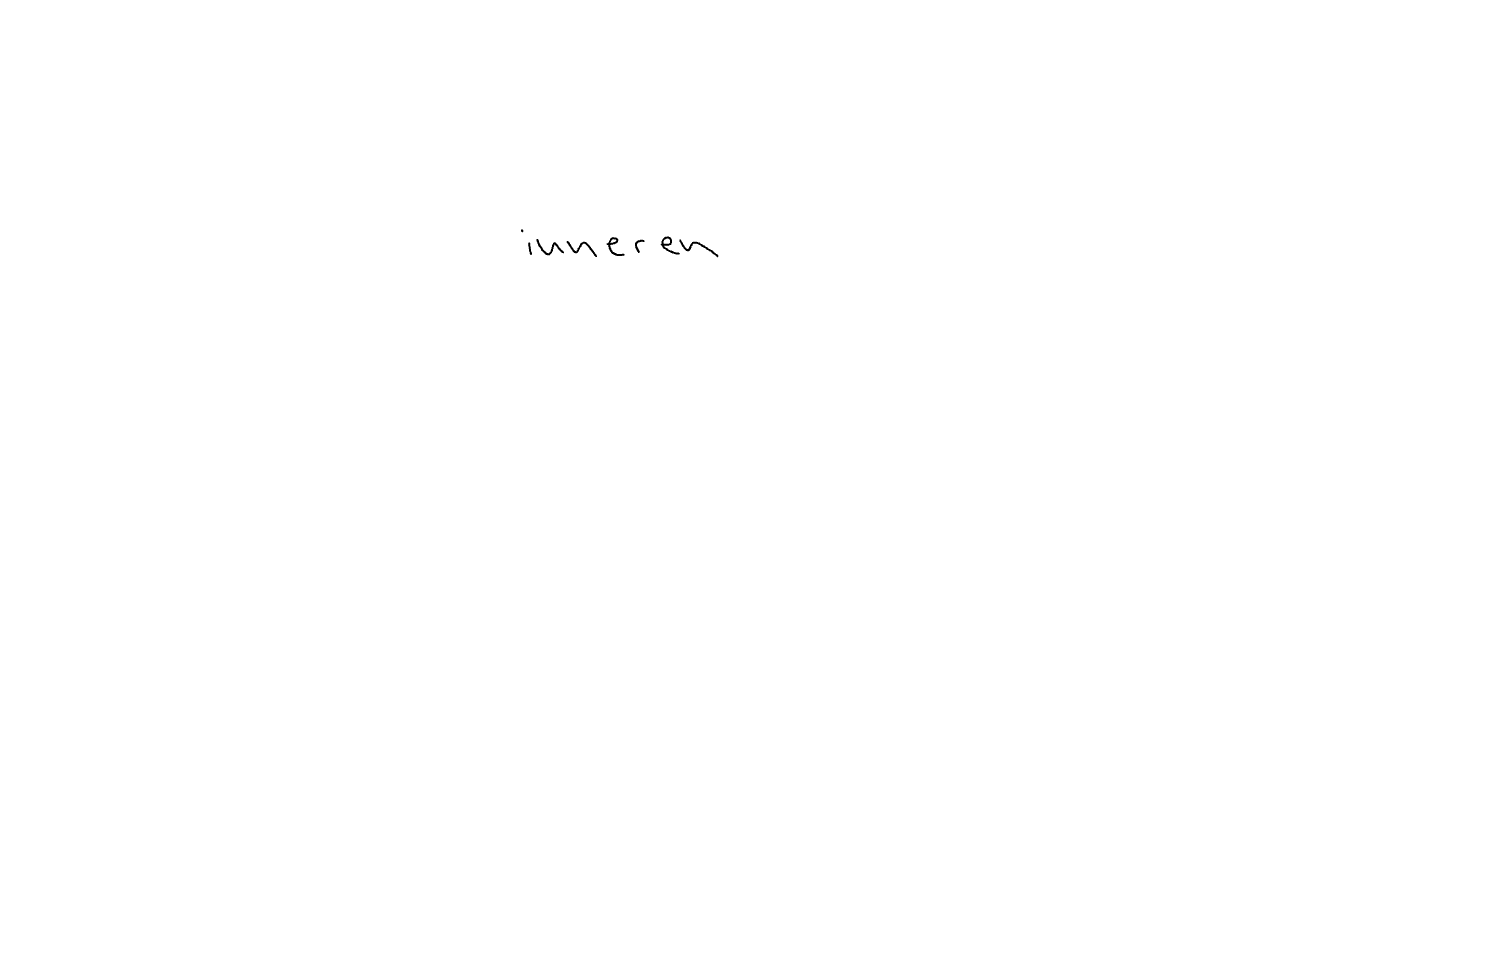
Text: inneren